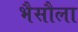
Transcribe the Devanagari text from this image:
भैसौला